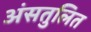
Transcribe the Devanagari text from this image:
अंसतुलित